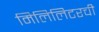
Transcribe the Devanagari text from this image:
मिलिलिटरची